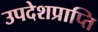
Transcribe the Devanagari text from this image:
उपदेशप्राप्ति